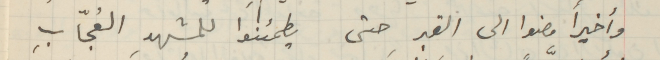
وأخيراً مضوا الى القبرِ حتى يطمئنوا للمشهدِ العُجّابِ